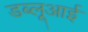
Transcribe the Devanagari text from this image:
डब्लूआई